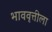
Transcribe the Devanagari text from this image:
भाववृत्तीला